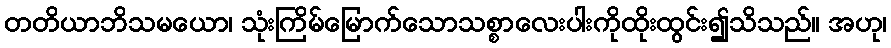
တတိယာဘိသမယော၊ သုံးကြိမ်မြောက်သောသစ္စာလေးပါးကိုထိုးထွင်း၍သိသည်။ အဟု၊